On a parasite found in persons suffering from enlargement of the spleen in India - Number 15
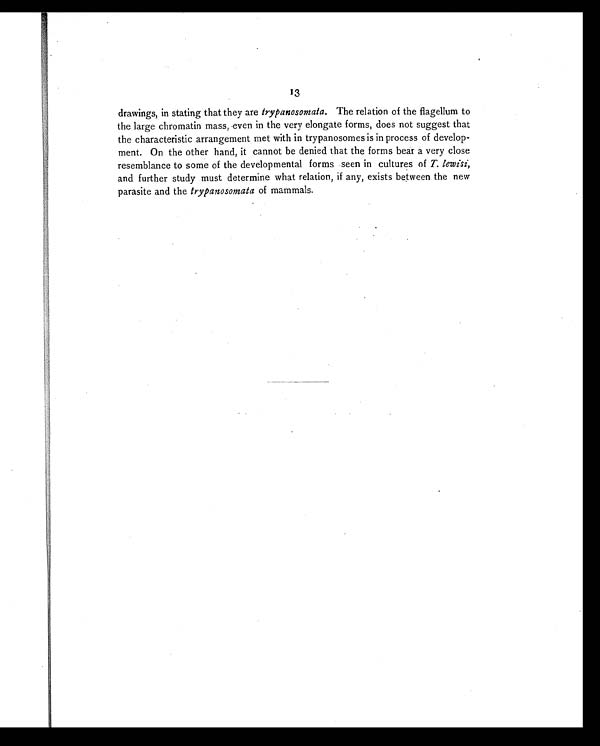
13
drawings, in stating that they are trypanosomata. The relation of the flagellum to
the large chromatin mass, seven in the very elongate forms, does not suggest that
the characteristic arrangement met with in trypanosomes is in process of develop-
ment. On the other hand, it cannot be denied that the forms bear a very close
resemblance to some of the developmental forms seen in cultures of T. lewisi,
and further study must determine what relation, if any, exists between the new
parasite and the trypanosomata of mammals.